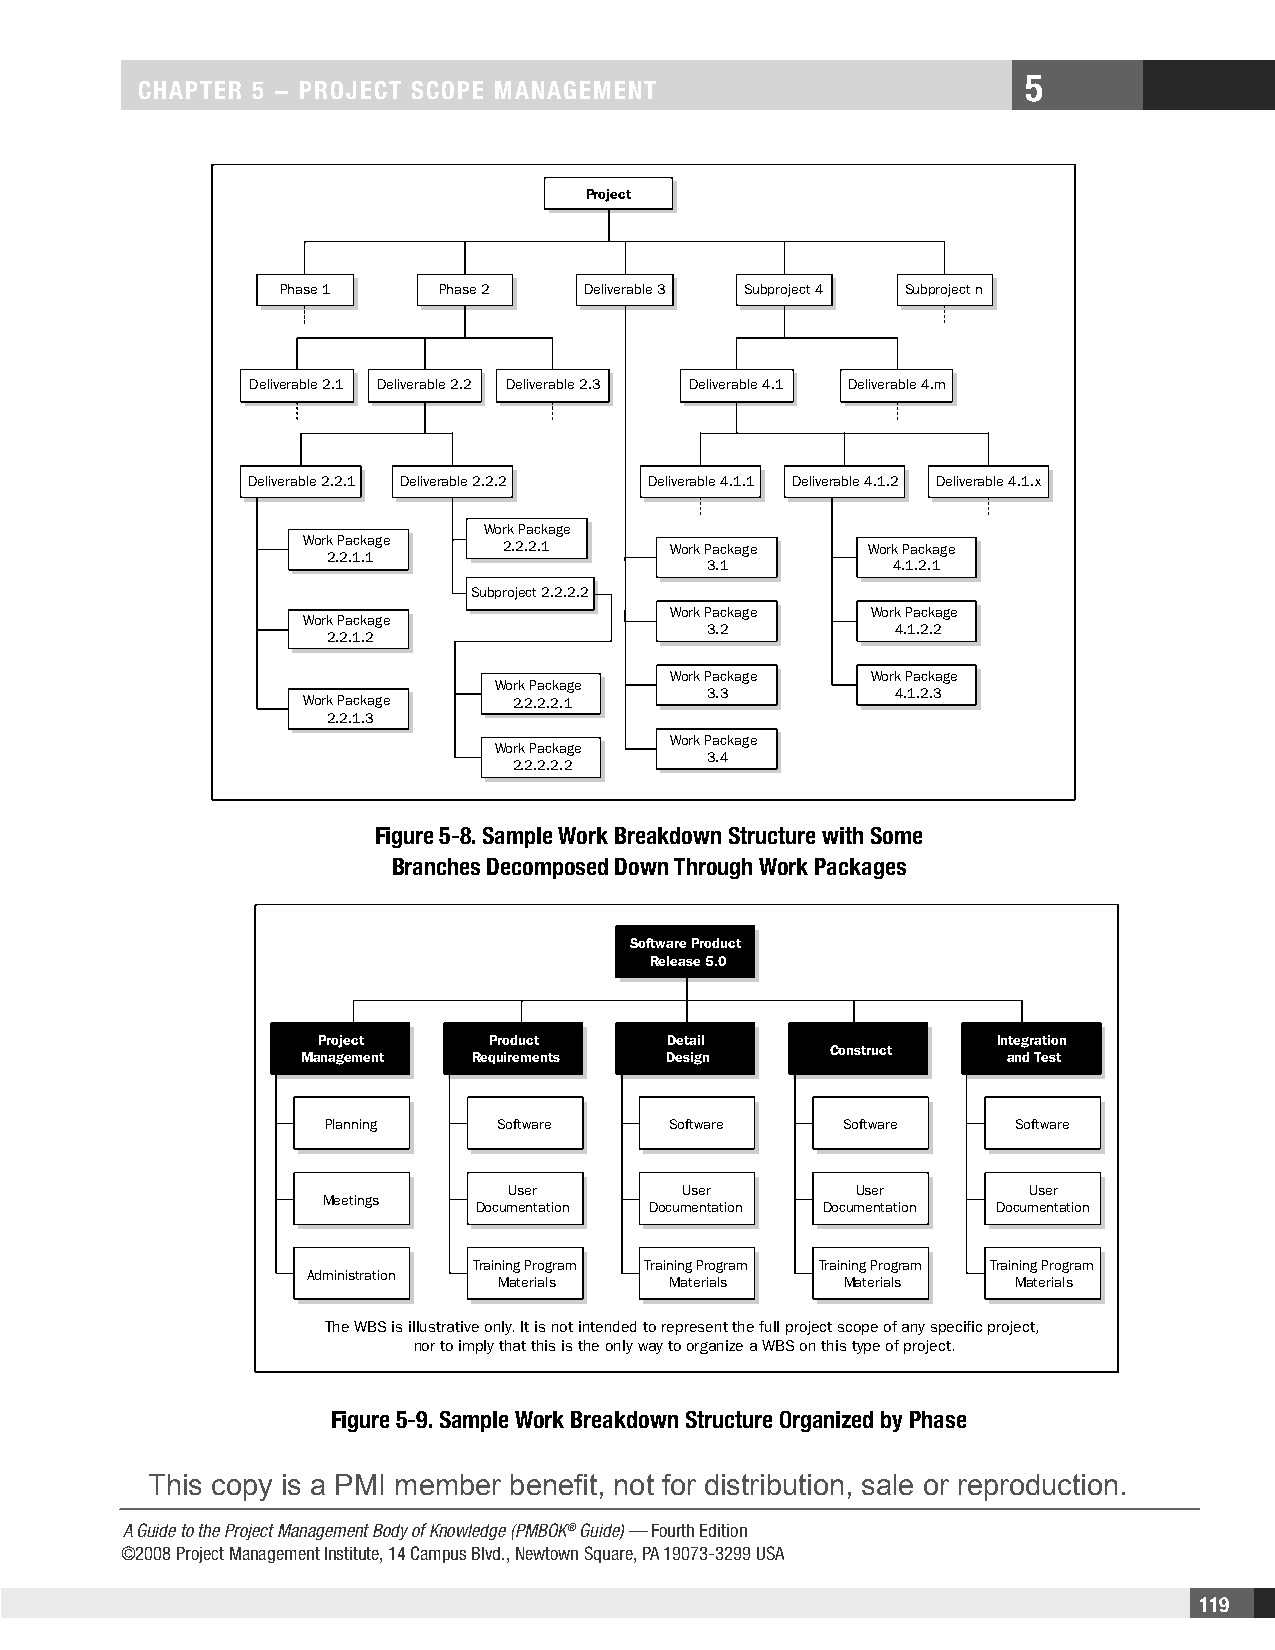
5
 CHAPTER 5 − PROjECT SCOPE MAnAgEMEnT
 Project
 Phase 1   Phase 2   Deliverable 3 Subproject 4 Subproject n
 Deliverable 2.1 Deliverable 2.2 Deliverable 2.3 Deliverable 4.1 Deliverable 4.m
 Deliverable 2.2.1 Deliverable 2.2.2 Deliverable 4.1.1 Deliverable 4.1.2 Deliverable 4.1.x
 Work Package
 Work Package
 2.2.2.1     Work Package Work Package
 2.2.1.1
 3.1         4.1.2.1
 Subproject 2.2.2.2
 Work Package Work Package
 Work Package
 3.2         4.1.2.2
 2.2.1.2
 Work Package Work Package
 Work Package
 3.3         4.1.2.3
 Work Package  2.2.2.2.1
 2.2.1.3
 Work Package
 Work Package
 3.4
 2.2.2.2.2
 Figure 5-8. Sample Work Breakdown Structure with Some
 Branches Decomposed Down Through Work Packages
 Software Product
 Release 5.0
 Project     Product    Detail                Integration
 Construct
 Management Requirements Design                 and Test
 Planning   Software   Software    Software   Software
 User       User        User       User
 Meetings
 Documentation Documentation Documentation Documentation
 Training Program Training Program Training Program Training Program
 Administration
 Materials  Materials   Materials  Materials
 The WBS is illustrative only. It is not intended to represent the full project scope of any specific project,
 nor to imply that this is the only way to organize a WBS on this type of project.
 Figure 5-9. Sample Work Breakdown Structure Organized by Phase
 This copy is a PMI member benefit, not for distribution, sale or reproduction.
 A Guide to the Project Management Body of Knowledge (PMBOK® Guide) — Fourth Edition
 ©2008 Project Management Institute, 14 Campus Blvd., Newtown Square, PA 19073-3299 USA
 119